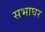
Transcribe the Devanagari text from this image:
सभाघर